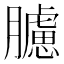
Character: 𦢛